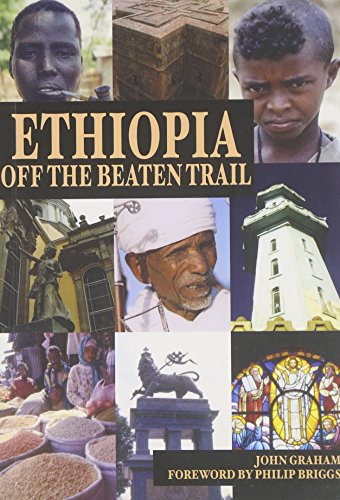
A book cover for Ethiopia: Off the Beaten Trail; John Graham; History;